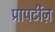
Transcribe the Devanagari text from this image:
प्रापर्टीज़